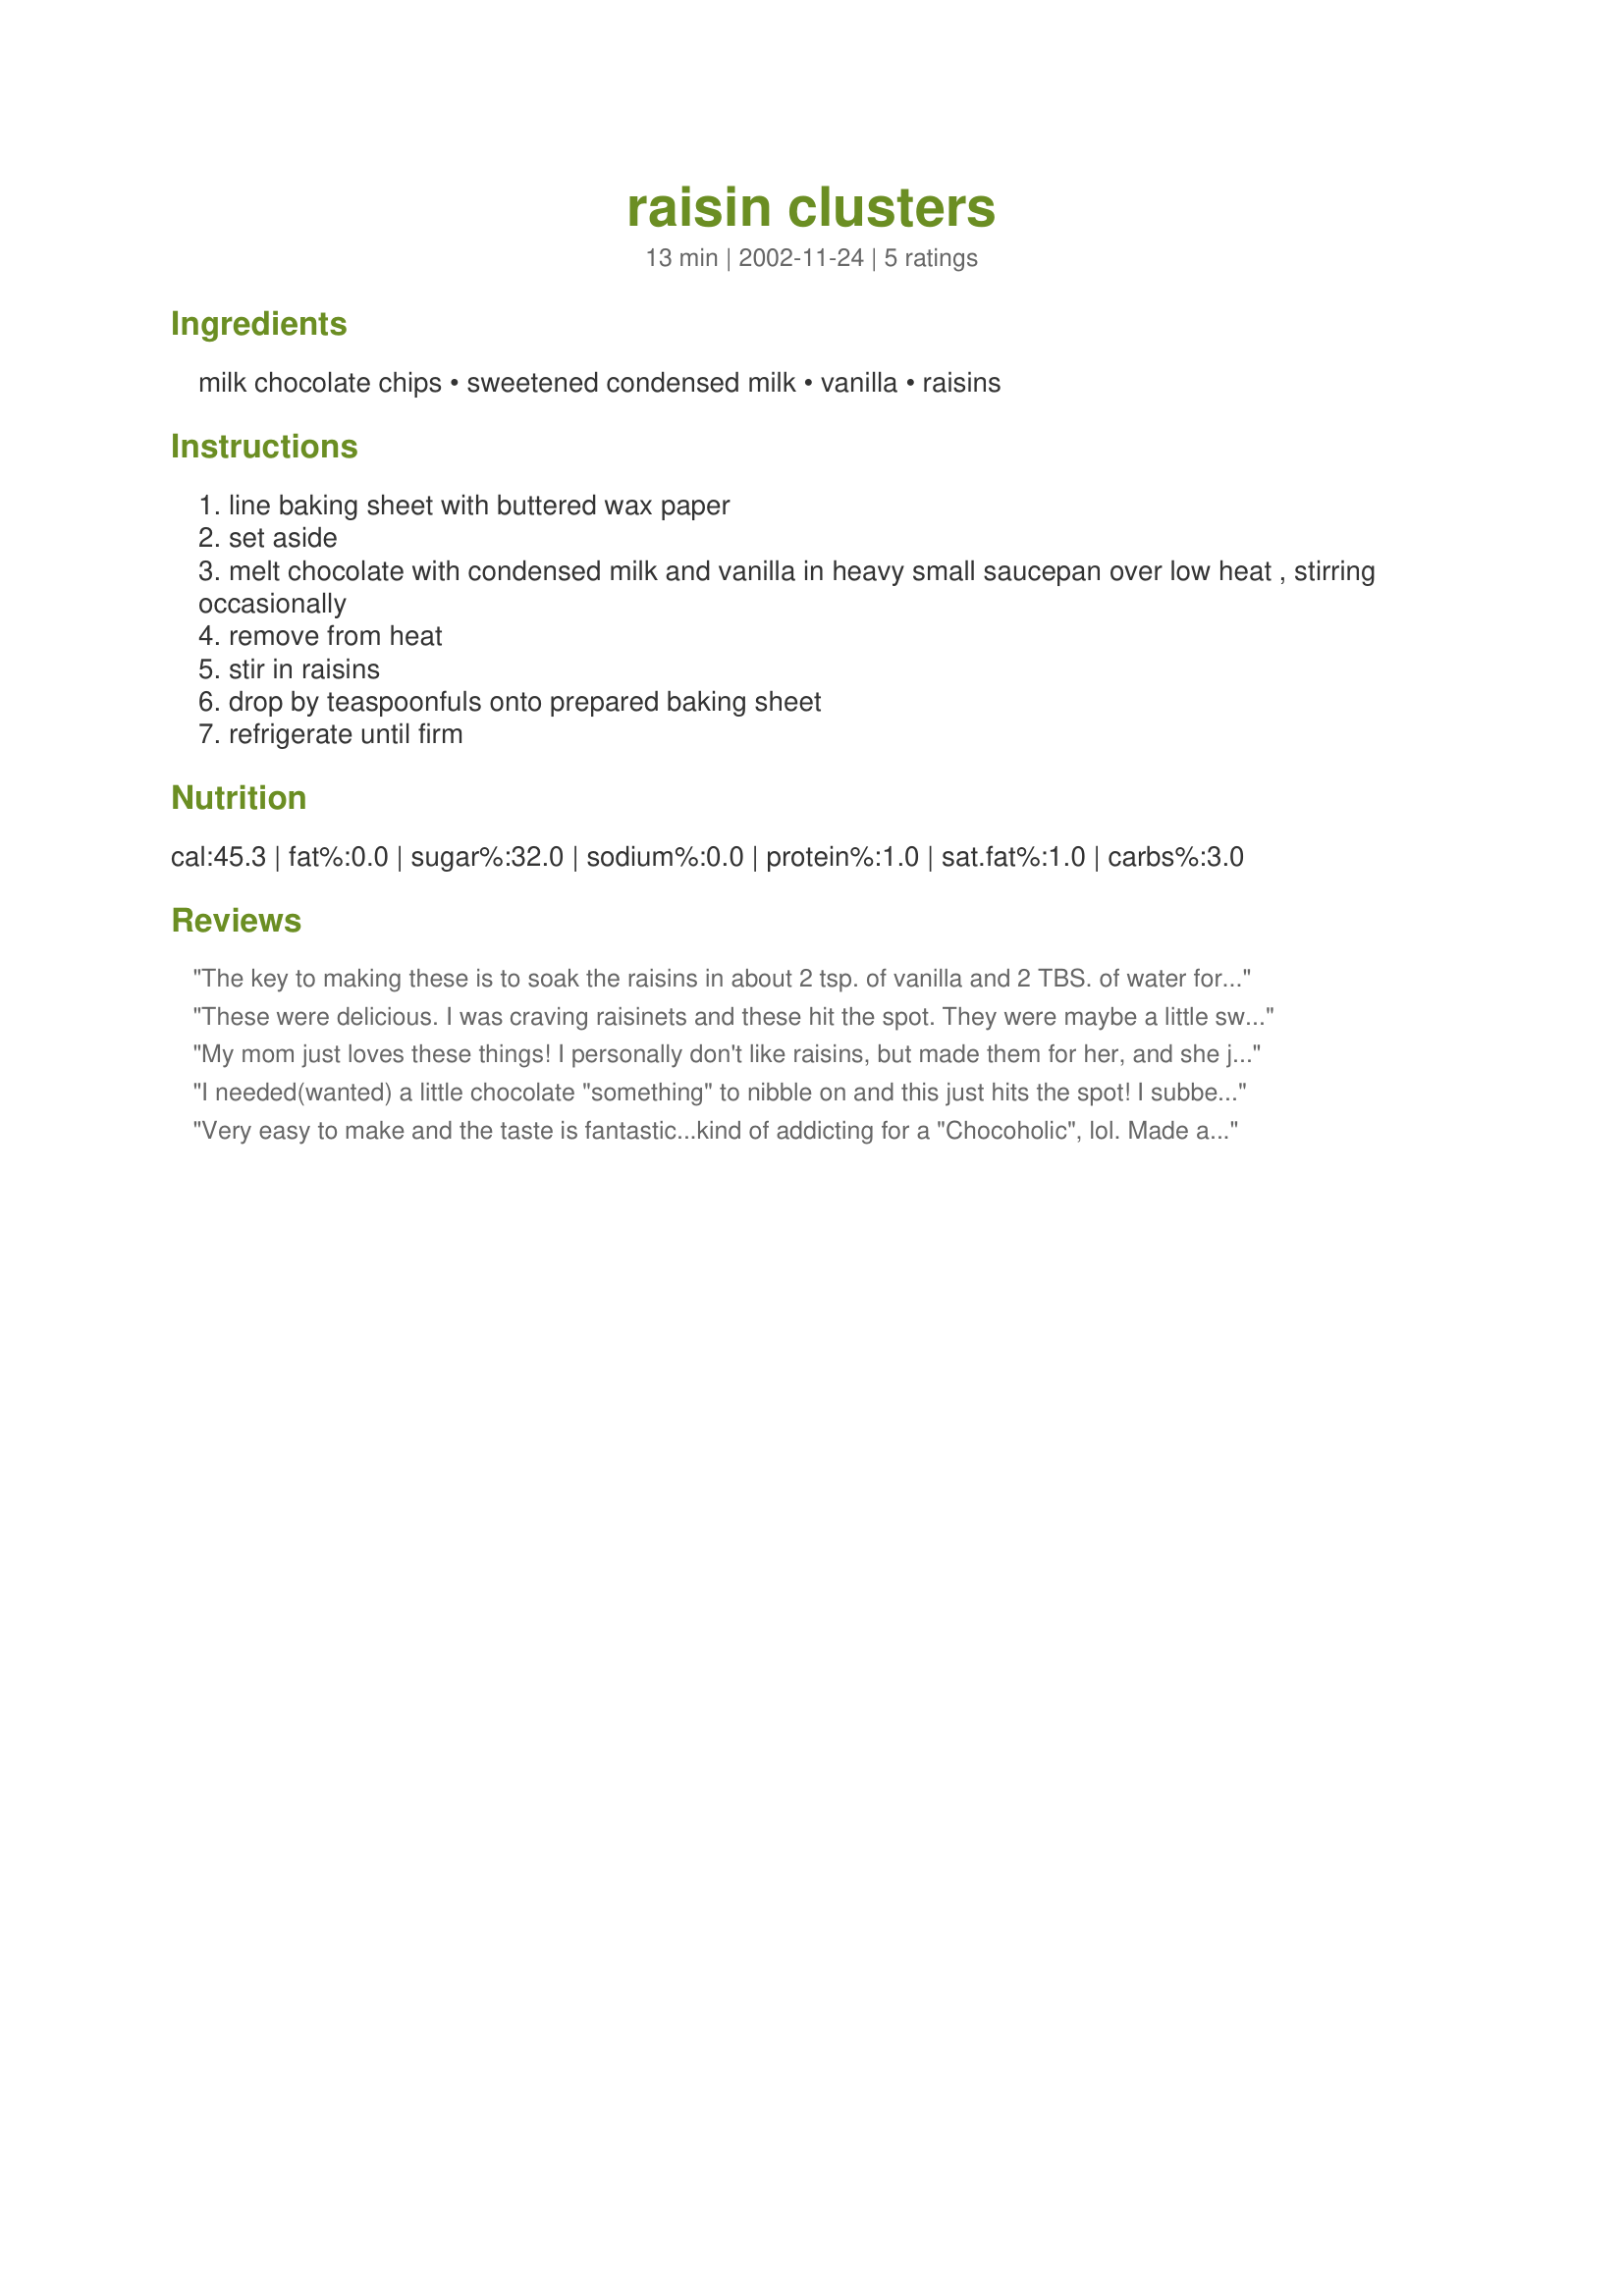
raisin clusters
Preparation time: 13 minutes

Ingredients:
milk chocolate chips, sweetened condensed milk, vanilla, raisins

Steps:
line baking sheet with buttered wax paper
set aside
melt chocolate with condensed milk and vanilla in heavy small saucepan over low heat , stirring occasionally
remove from heat
stir in raisins
drop by teaspoonfuls onto prepared baking sheet
refrigerate until firm

Reviews:
The key to making these is to soak the raisins in about 2 tsp. of vanilla and 2 TBS. of water for about 20 minutes before mixing with the chocolate and sw. uncondensed milk. This rehydrates the raisins so you end up with a something like raisinetts candy. These are so good! Thank you for sharing!
These were delicious. I was craving raisinets and these hit the spot. They were maybe a little sweet for my taste, though. I think next time I will use semi-sweet or bitter-sweet chocolate instead. Super easy, though. I made mine in the microwave to save time and it turned out fine. Thanks Theresa!
My mom just loves these things! I personally don't like raisins, but made them for her, and she just can't stop eating them! They were easy to make too. Perhaps I'll add a little coconut to it next time for her, thanks for sharing Theresa!
I needed(wanted) a little chocolate "something" to nibble on and this just hits the spot! I subbed 1 cup nuts for 1 cup raisins. The vanilla was a nice touch.Thank you for posting!
Very easy to make and the taste is fantastic...kind of addicting for a "Chocoholic", lol. Made a batch on Christmas day, went fast.
Thanks Theresa for the great recipe.
